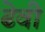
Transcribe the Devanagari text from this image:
ढेवी